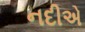
નદીએ